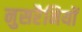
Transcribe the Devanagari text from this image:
नुसरैनियों